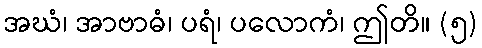
အဃံ၊ အာဗာဓံ၊ ပရံ၊ ပလောကံ၊ ဤတိ။ (၅)